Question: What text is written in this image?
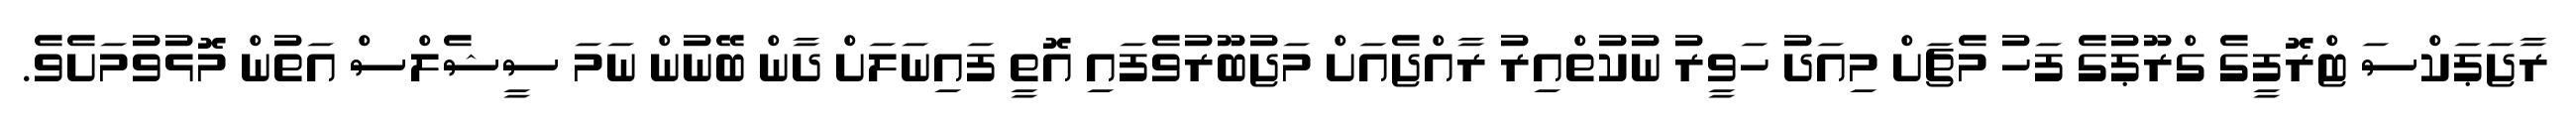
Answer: ރާޖަޕަކްސަ ޓްރޮފީގެ ގްރޫޕުގެ ފަހު މެޗަށް މިއަދު ހަވީރު ނުކުތްއިރު ރާއްޖެއަށް މަޖުބޫރުވެފައި އޮތީ ފައިނަލަށް ދާން ބޭނުން ނަމަ ސީޝެލްސް އަތުން މޮޅުވުމަށެވެ.